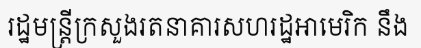
រដ្ឋមន្ត្រីក្រសួងរតនាគារសហរដ្ឋអាមេរិក នឹង